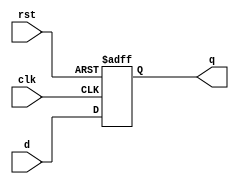
`timescale 1ns / 1ps

module flopr #(parameter WIDTH = 8)(
    input wire clk,rst,
	input wire[WIDTH-1:0] d,
	output reg[WIDTH-1:0] q
    );

    always @(negedge clk or posedge rst) begin
        if(rst)begin
            q <= 0;
        end
        else begin
            q <= d;
        end 
    end

endmodule